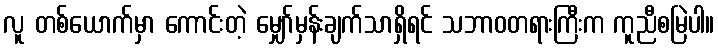
လူ တစ်ယောက်မှာ ကောင်းတဲ့ မျှော်မှန်းချက်သာရှိရင် သဘာဝတရားကြီးက ကူညီစမြဲပါ။